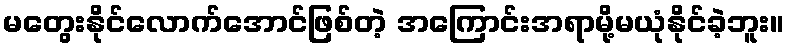
မတွေးနိုင်လောက်အောင်ဖြစ်တဲ့ အကြောင်းအရာမို့မယုံနိုင်ခဲ့ဘူး။